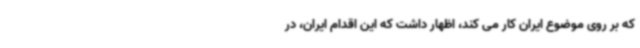
که بر روی موضوع ایران کار می کند، اظهار داشت که این اقدام ایران، در